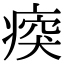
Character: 𤷿